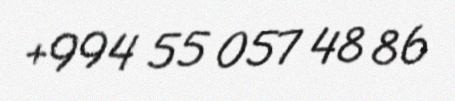
+994 55 057 48 86